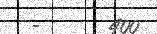
-      400